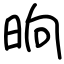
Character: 晌